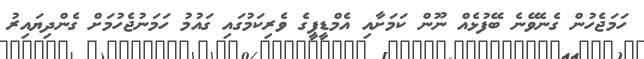
ހަމަޖެހުން ގެނެވޭނެ ބޭފުޅެއް ނޫން ކަމަށާއި އެމްޑީޕީގެ ވެރިކަމުގައި ގައުމު ހަމަނުޖެހުމަށް ގެންދިޔައިރު